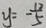
y = - \frac { 1 2 } { 5 }